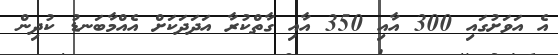
އެ އަވަށުގައި 300 އާއި 350 އާއި ގާތްކުރާ އަދަދަކަށް އެއްމާބަނޑު ކުދިން